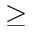
\geq